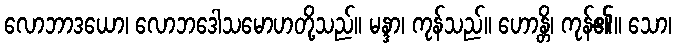
လောဘာဒယော၊ လောဘဒေါသမောဟတို့သည်။ မန္ဒာ၊ ကုန်သည်။ ဟောန္တိ၊ ကုန်၏။ သော၊